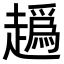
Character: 𧽶